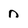
Character: n